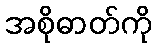
အစိုဓာတ်ကို